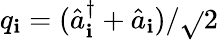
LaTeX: q_{\mathbf{i}}=(\hat{{a}}_{\mathbf{i}}^{\dagger}+\hat{{a}}_{\mathbf{i}})/\sqrt{}{{2}}